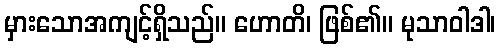
မှားသောအကျင့်ရှိသည်။ ဟောတိ၊ ဖြစ်၏။ မုသာဝါဒါ၊